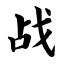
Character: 战